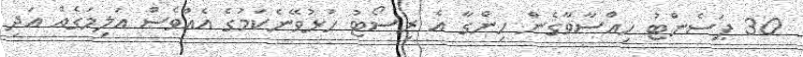
30 ޕަސެންޓު ހިއްސާވާގެން ހިންގާ އެ ރިސޯޓު ހުޅުވޭނެކަމުގެ އެއްވެސް އަލިމަގެއް އަދި